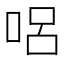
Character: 𠴊